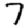
Digit: 7